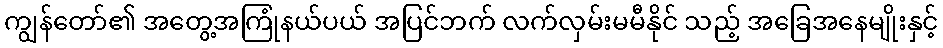
ကျွန်တော်၏ အတွေ့အကြုံနယ်ပယ် အပြင်ဘက် လက်လှမ်းမမီနိုင် သည့် အခြေအနေမျိုးနှင့်